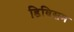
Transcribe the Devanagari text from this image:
डिविसम